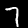
Label: 7